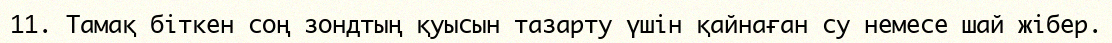
11.	Тамақ біткен соң зондтың қуысын тазарту үшін қайнаған су немесе шай жібер.